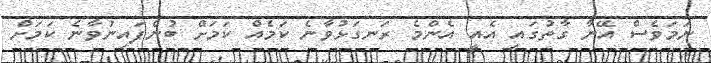
ނަމަވެސް އޭނާ ގާތުގައި އެއީ އެންމެ ރަނގަޅުވާނެ ކަމެއް ކަމަށް ބުނެފައިނުވާނެ ކަމަށް